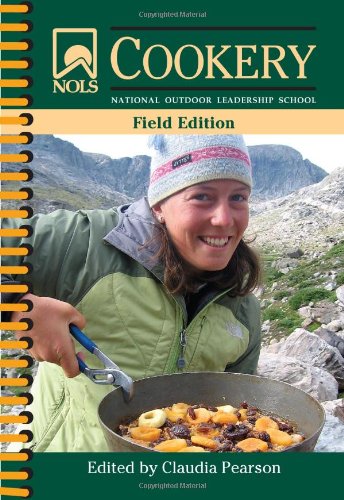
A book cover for NOLS Cookery: Field Edition (NOLS Library); Cookbooks, Food & Wine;